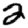
Digit: 2